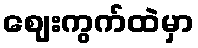
ဈေးကွက်ထဲမှာ